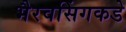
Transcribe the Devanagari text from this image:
भैरवसिंगकडे